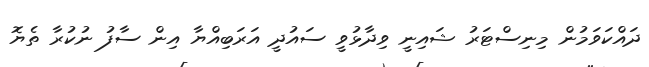
ދައްކަވަމުން މިނިސްޓަރު ޝައިނީ ވިދާޅުވީ ސައުދީ އަރަބިއްޔާ އިން ސާފު ނުކުރާ ތެޔޮ